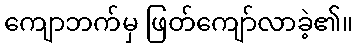
ကျောဘက်မှ ဖြတ်ကျော်လာခဲ့၏။